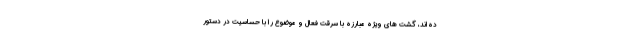
ده‌اند، گشت های ویژه مبارزه با سرقت فعال و موضوع را با حساسیت در دستور